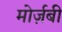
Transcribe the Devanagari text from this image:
मोर्ज़बी